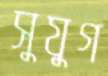
সুযুগ